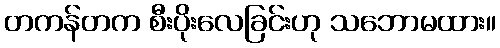
တကန်တက စီးပိုးလေခြင်းဟု သဘောမထား။